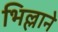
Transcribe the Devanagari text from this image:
भिल्लाने